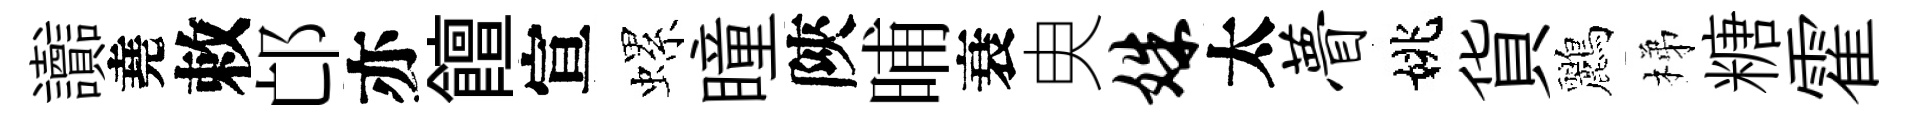
讟堯敕邙亦饘宣螺瞳陝晡衰㬰姝太瞢姚貨鸝梯糖霍